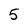
Character: 5